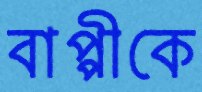
বাপ্পীকে